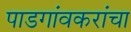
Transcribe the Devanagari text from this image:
पाडगांवकरांचा